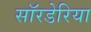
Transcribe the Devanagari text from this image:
सॉरडेरिया